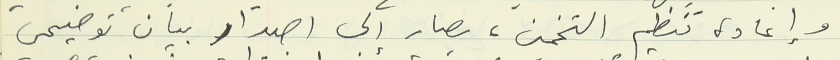
وإعادة تنظيم التخمين، يصار إلى اصدار بيان توضيحى